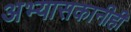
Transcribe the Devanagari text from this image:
अभ्यासकानीही